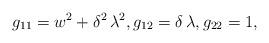
LaTeX: \begin{align*} g_{11}=w^{2}+\delta ^{2}\,\lambda ^{2},g_{12}=\delta\, \lambda, g_{22}=1, \end{align*}